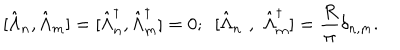
\mathrm { [ } \hat { \Lambda } _ { n } , \hat { \Lambda } _ { m } ] = [ \hat { \Lambda } _ { n } ^ { \dagger } , \hat { \Lambda } _ { m } ^ { \dagger } ] = 0 ; \, \, \, [ \hat { \Lambda } _ { n } \, \, , \, \, \hat { \Lambda } _ { m } ^ { \dagger } ] = \frac { R } { \pi } \delta _ { n , m } .